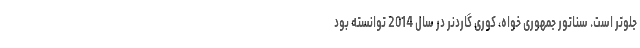
جلوتر است. سناتور جمهوری خواه، کوری گاردنر در سال 2014 توانسته بود